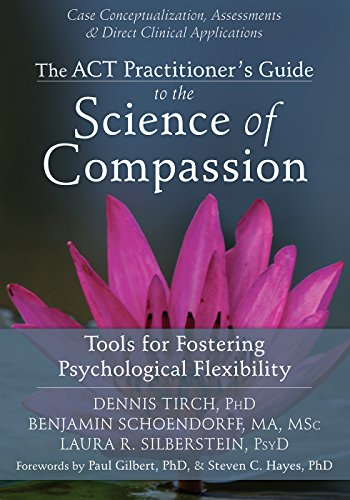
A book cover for The ACT Practitioner's Guide to the Science of Compassion: Tools for Fostering Psychological Flexibility; Dennis Tirch PhD; Science & Math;